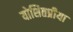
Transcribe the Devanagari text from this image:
योशितप्रीया